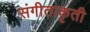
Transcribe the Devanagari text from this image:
संगीताकृती